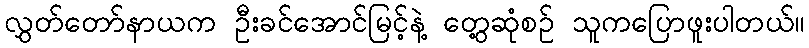
လွှတ်တော်နာယက ဦးခင်အောင်မြင့်နဲ့ တွေ့ဆုံစဉ် သူကပြောဖူးပါတယ်။